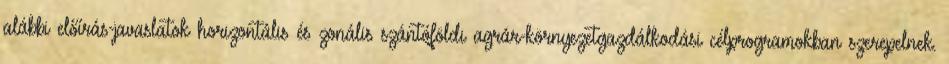
alábbi előírás-javaslatok horizontális és zonális szántóföldi agrár-környezetgazdálkodási célprogramokban szerepelnek.